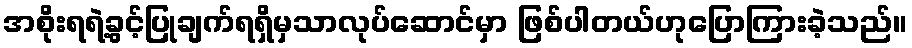
အစိုးရရဲ့ခွင့်ပြုချက်ရရှိမှသာလုပ်ဆောင်မှာ ဖြစ်ပါတယ်ဟုပြောကြားခဲ့သည်။